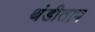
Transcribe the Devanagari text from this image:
थंडीताप